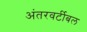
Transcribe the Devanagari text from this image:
अंतरवर्टीबल